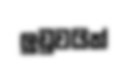
ලුඩුවයික්